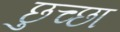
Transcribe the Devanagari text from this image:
छुच्छा